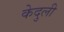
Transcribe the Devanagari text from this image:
केदुली